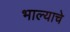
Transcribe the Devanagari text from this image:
भाल्याचे